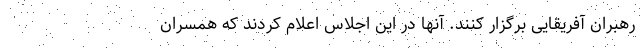
رهبران آفریقایی برگزار کنند. آنها در این اجلاس اعلام کردند که همسران